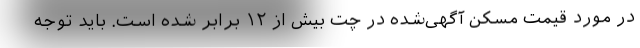
در مورد قیمتِ مسکنِ آگهی‌شده در چت بیش از ۱۲ برابر شده است. باید توجه